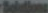
Bolutions